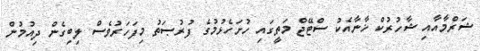
ޝަރްމާއާއި ޝާހުރުކް ޚާނާއެކު ސްޓޭޖް މަތީގައި ހުށަހެޅުމުގެ ފުރުޞަތު މިފަހަރުވެސް ލިބިގެން ދިއުމުން